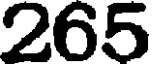
265